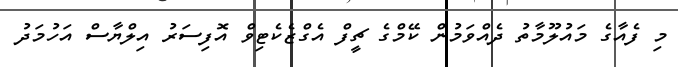
މި ފެއާގެ މައުލޫމާތު ދެއްވަމުން ކޭމްގެ ޗީފް އެގްޒެކެޓިވް އޮފިސަރު އިލްޔާސް އަހުމަދު